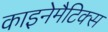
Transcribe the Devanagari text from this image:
काइनेमैटिक्स